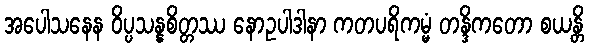
အပေါသနေန ဝိပ္ပသန္နစိတ္တဿ နောဥပါဒါနာ ကတပရိကမ္မံ တန္ဒိကတော စယန္တိ